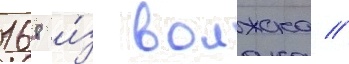
168 и́з волжска //